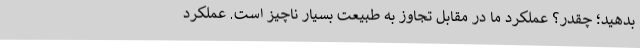
بدهید؛ چقدر؟ عملکرد ما در مقابل تجاوز به طبیعت بسیار ناچیز است. عملکرد